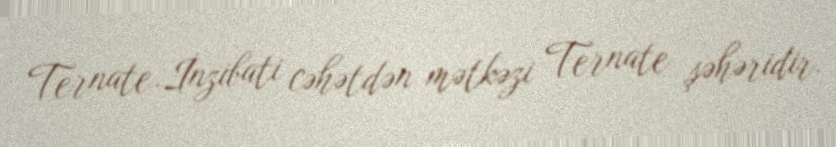
Ternate.İnzibati cəhətdən mətkəzi Ternate şəhəridir.